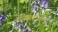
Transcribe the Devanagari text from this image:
ऑक्सफोर्डला